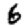
Digit: 6